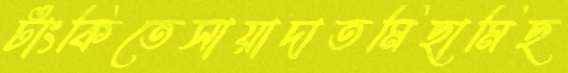
টাংকিতেসায়াদাতমিছামিছ